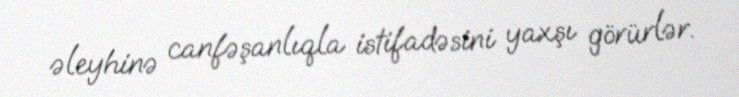
əleyhinə canfəşanlıqla istifadəsini yaxşı görürlər.